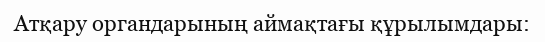
Атқару органдарының аймақтағы құрылымдары: